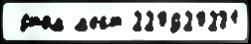
 э́том м'ест 220920231